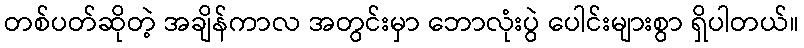
တစ်ပတ်ဆိုတဲ့ အချိန်ကာလ အတွင်းမှာ ဘောလုံးပွဲ ပေါင်းများစွာ ရှိပါတယ်။